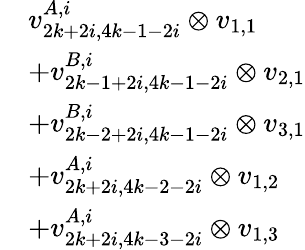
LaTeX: \begin{array}{rl}&{v_{2k+2i,4k-1-2i}^{A,i}\otimes v_{1,1}}\\ &{+v_{2k-1+2i,4k-1-2i}^{B,i}\otimes v_{2,1}}\\ &{+v_{2k-2+2i,4k-1-2i}^{B,i}\otimes v_{3,1}}\\ &{+v_{2k+2i,4k-2-2i}^{A,i}\otimes v_{1,2}}\\ &{+v_{2k+2i,4k-3-2i}^{A,i}\otimes v_{1,3}}\end{array}